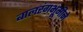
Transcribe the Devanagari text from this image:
बालरंगभूमीने